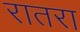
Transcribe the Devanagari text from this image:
रातरा